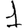
Digit: 1